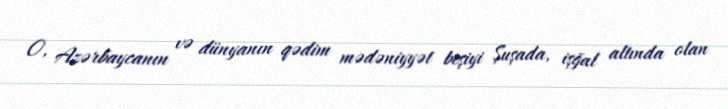
O, Azərbaycanın və dünyanın qədim mədəniyyət beşiyi Şuşada, işğal altında olan